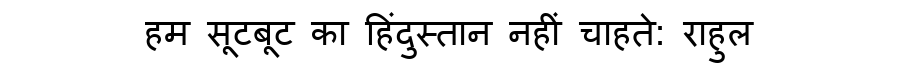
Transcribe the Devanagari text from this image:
हम सूटबूट का हिंदुस्तान नहीं चाहते: राहुल